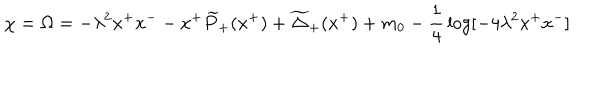
LaTeX: \chi = \Omega = - \lambda ^ { 2 } x ^ { + } x ^ { - } - x ^ { + } \widetilde { P } _ { + } ( x ^ { + } ) + \widetilde { \Delta } _ { + } ( x ^ { + } ) + m _ { 0 } - { \frac { 1 } { 4 } } \log [ - 4 \lambda ^ { 2 } x ^ { + } x ^ { - } ]